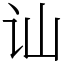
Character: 讪